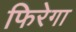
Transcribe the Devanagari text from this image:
फिरेगा